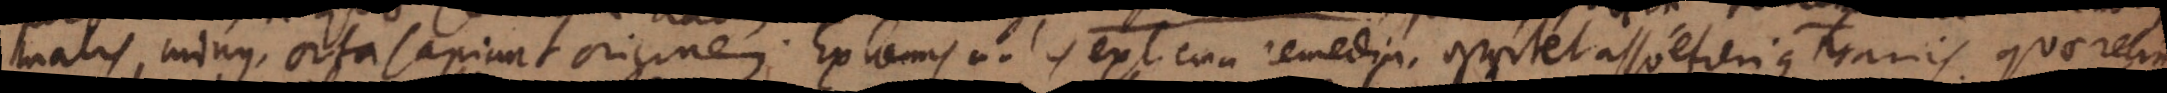
malis minus, orta sapiunt originem. Extremis malis extrema remedia, opportet assuefieri contrariis quae